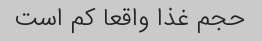
حجم غذا واقعا کم است